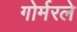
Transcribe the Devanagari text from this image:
गोर्मरले